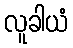
လူခါယံ